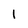
Character: 1